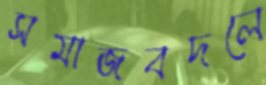
সমাজবদলে